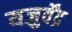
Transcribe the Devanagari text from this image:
यजुर्वेंद्र